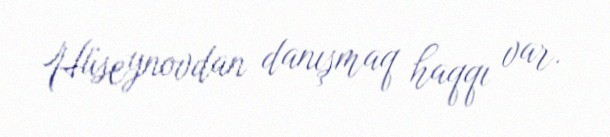
Hüseynovdan danışmaq haqqı var.